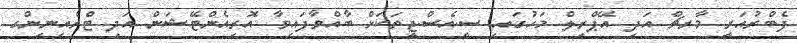
ފެބްރުއަރީ މާރޗް އަދި އޭޕްރިލް މަހުގައި ސީ.އެސް.ޖީތަކަށް ބާއްވާފައިވާ އޮރިއެންޓޭޝަން އަދި ޓްރެއިނިންގ